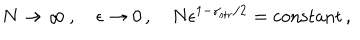
N \rightarrow \infty \, , \quad \epsilon \rightarrow 0 \, , \quad N \epsilon ^ { 1 - \gamma _ { \mathrm { s t r } } / 2 } = \mathrm { c o n s t a n t } \, ,